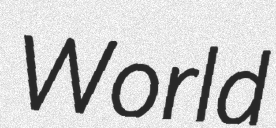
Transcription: World